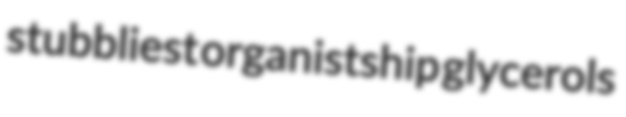
stubbliest organistship glycerols